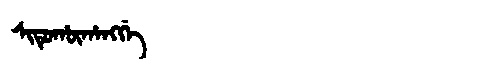
Manchu: ᠰᡳᡨᡠᡥᡡᡥᠠᠩᡤᡝ
Romanization: SITUHŪHANGGE